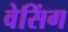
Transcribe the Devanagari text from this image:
वेसिंग